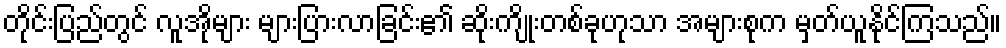
တိုင်းပြည်တွင် လူအိုများ များပြားလာခြင်း၏ ဆိုးကျိုးတစ်ခုဟုသာ အများစုက မှတ်ယူနိုင်ကြသည်။